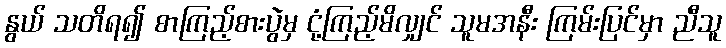
နွယ် သတိရ၍ စာကြည့်စားပွဲမှ ငုံ့ကြည့်မိလျှင် သူမအနီး ကြမ်းပြင်မှာ ညီသူ